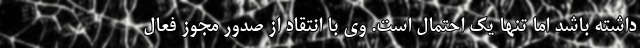
داشته باشد اما تنها یک احتمال است. وی با انتقاد از صدور مجوز فعال